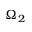
\Omega _ { 2 }